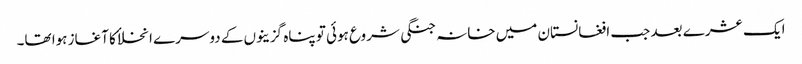
ایک عشرے بعد جب افغانستان میں خانہ جنگی شروع ہوئی تو پناہ گزینوں کے دوسرے انخلاٴ کا آغاز ہوا تھا۔